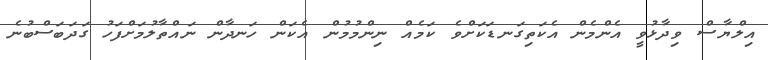
އިލްޔާސް ވިދާޅުވީ އެންމެން އެކަތިގަނޑަކަށްވެ ކަމެއް ނިންމުމުން އެކަން ހަނދާން ނައްތާލުމަށްފަހު ގަދަބަސްބުނެ